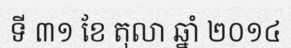
ទី ៣១ ខែ តុលា ឆ្នាំ ២០១៤